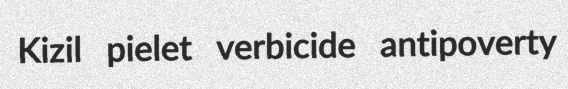
Kizil pielet verbicide antipoverty